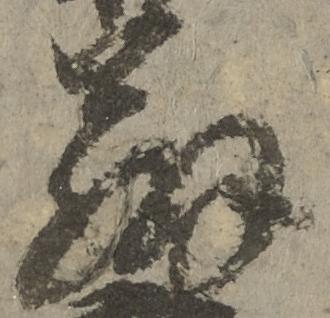
弁